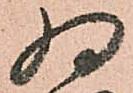
為